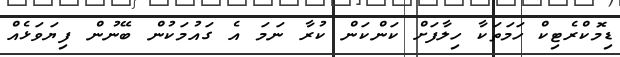
ޑިމޮކްރެޓިކް ހަމަތަކާ ހިލާފަށް ކަންކަން ކުރާ ނަމަ އެ ގައުމަކުން ބޭނުން ފިޔަވަޅެއް